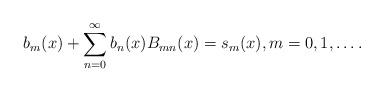
LaTeX: \begin{align*}b_{m}(x)+\sum_{n=0}^{\infty}b_{n}(x)B_{mn}(x)=s_{m}(x),m=0,1,\ldots.\end{align*}